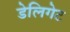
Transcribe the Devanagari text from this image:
डेलिगेट